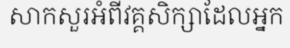
សាកសួរអំពីវគ្គសិក្សាដែលអ្នក